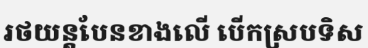
រថយន្តបែនខាងលើ បើកស្របទិស